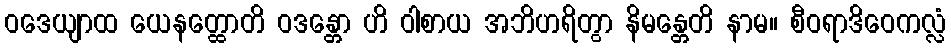
ဝဒေယျာထ ယေနတ္ထောတိ ဝဒန္တော ဟိ ဝါစာယ အဘိဟရိတွာ နိမန္တေတိ နာမ။ စီဝရာဒိဝေကလ္လံ